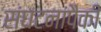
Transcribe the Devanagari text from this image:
संघटनांपैकी